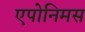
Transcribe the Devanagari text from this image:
एपोनिमस